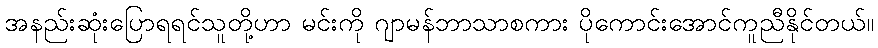
အနည်းဆုံးပြောရရင်သူတို့ဟာ မင်းကို ဂျာမန်ဘာသာစကား ပိုကောင်းအောင်ကူညီနိုင်တယ်။